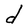
Character: d